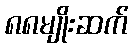
၈၈မျိုးဆက်